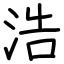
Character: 浩